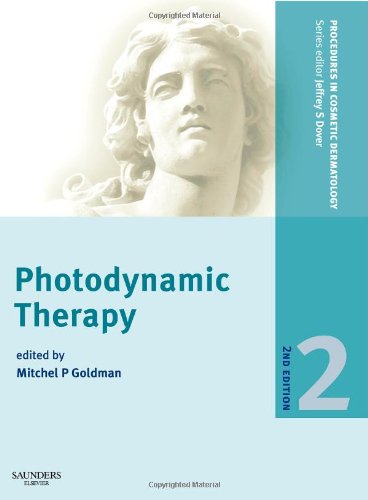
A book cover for Procedures in Cosmetic Dermatology Series: Photodynamic Therapy, 2e; Mitchel P. Goldman MD; Medical Books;